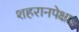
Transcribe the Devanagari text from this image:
शहरानपेक्षा